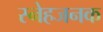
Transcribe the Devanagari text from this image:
स्नेहजनक